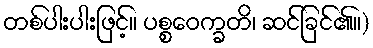
တစ်ပါးပါးဖြင့်။ ပစ္စဝေက္ခတိ၊ ဆင်ခြင်၏။)